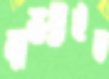
ল্যান্ডস্লাইড